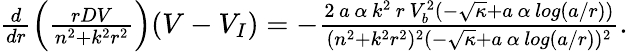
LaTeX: \begin{array}{r}{\frac{d}{dr}\left(\frac{rDV}{n^{2}+k^{2}r^{2}}\right)(V-V_{I})=-\frac{2\, a\, \alpha\, k^{2}\, r\, V_{b}^{2}(-\sqrt{\kappa}+a\, \alpha\, log(a/r))}{(n^{2}+k^{2}r^{2})^{2}(-\sqrt{\kappa}+a\, \alpha\, log(a/r))^{2}}.}\end{array}